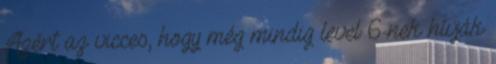
Azért az vicces, hogy még mindig level 6-nek hívják